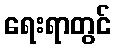
ရေးရာတွင်